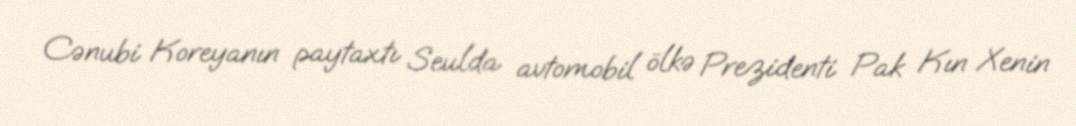
Cənubi Koreyanın paytaxtı Seulda avtomobil ölkə Prezidenti Pak Kın Xenin